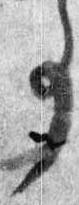
事